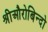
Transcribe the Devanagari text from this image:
श्रीऔरोबिन्दो